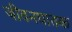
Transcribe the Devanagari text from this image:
जीवनघातक